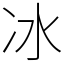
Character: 冰